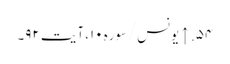
۵۴. ↑ یونس/سوره۱۰، آیت ۹۲۔